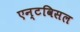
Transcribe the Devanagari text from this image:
एन्टविसल